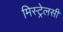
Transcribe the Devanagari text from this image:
मिस्ट्रेलसी